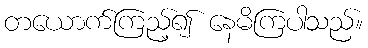
တယောက်ကြည့်၍ နေမိကြပါသည်။